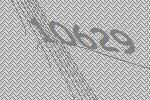
10629